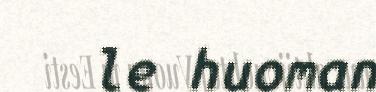
le huoman